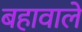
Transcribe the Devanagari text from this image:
बहावाले